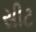
સીટ